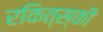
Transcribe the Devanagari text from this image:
रकित्स्की